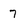
Character: 7